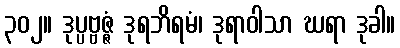
၃၀၂။ ဒုပ္ပဗ္ဗဇ္ဇံ ဒုရဘိရမံ၊ ဒုရာဝါသာ ဃရာ ဒုခါ။